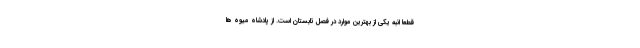
قطعا انبه یکی از بهترین موارد در فصل تابستان است. از پادشاه میوه ها